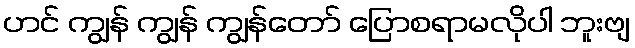
ဟင် ကျွန် ကျွန် ကျွန်တော် ပြောစရာမလိုပါ ဘူးဗျ